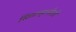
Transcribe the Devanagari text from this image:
सितान्हानीतरी